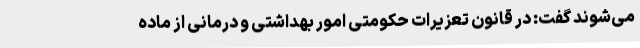
می‌شوند گفت: در قانون تعزیرات حکومتی امور بهداشتی و درمانی از ماده